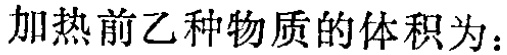
加热前乙种物质的体积为：